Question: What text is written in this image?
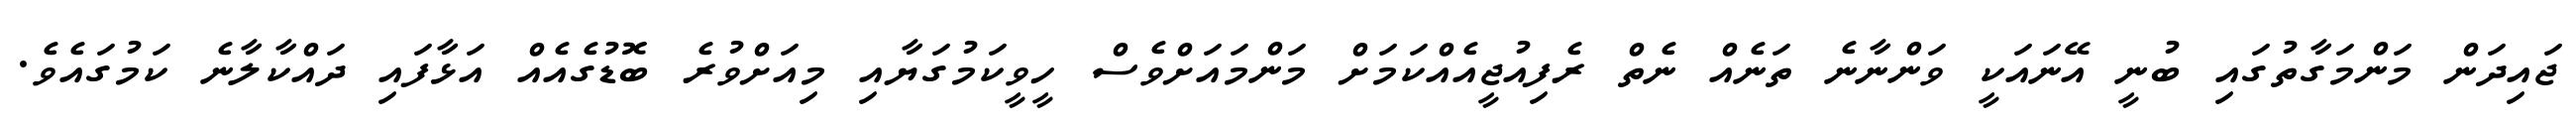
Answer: ޖައިދަން މަންމަގާތުގައި ބުނީ އޭނައަކީ ވަންނާނެ ތަނެއް ނެތް ރެފިއުޖީއެއްކަމަށް މަންމައަށްވެސް ހީވީކަމުގަޔާއި މިއަށްވުރެ ބޮޑުގެއެއް އަޅާފައި ދައްކާލާނެ ކަމުގައެވެ.